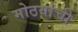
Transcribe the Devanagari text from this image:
मोठयांची